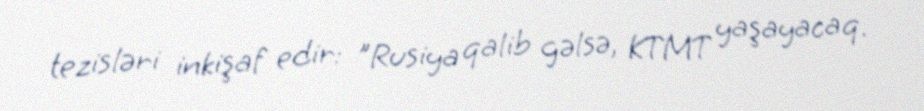
tezisləri inkişaf edir: "Rusiya qalib gəlsə, KTMT yaşayacaq.